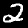
Label: 2